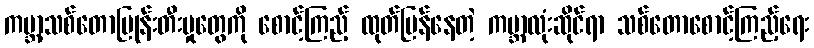
ကမ္ဘာ့သစ်တောပြုန်းတီးမှုတွေကို စောင့်ကြည့် ထုတ်ပြန်နေတဲ့ ကမ္ဘာလုံးဆိုင်ရာ သစ်တောစောင့်ကြည့်ရေး